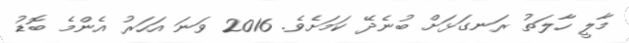
މާލީ ހާލަތު ރަނގަޅަށް ބުނެދޭ ކަމަށެވެ. 2016 ވަނަ އަހަރު އެންމެ ބޮޑު